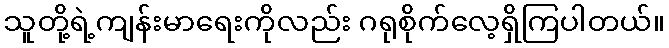
သူတို့ရဲ့ကျန်းမာရေးကိုလည်း ဂရုစိုက်လေ့ရှိကြပါတယ်။